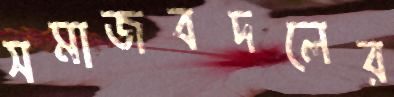
সমাজবদলের